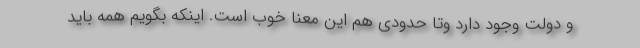
و دولت وجود دارد وتا حدودی هم این معنا خوب است. اینکه بگویم همه باید